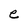
Character: e